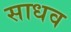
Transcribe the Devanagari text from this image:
साधव